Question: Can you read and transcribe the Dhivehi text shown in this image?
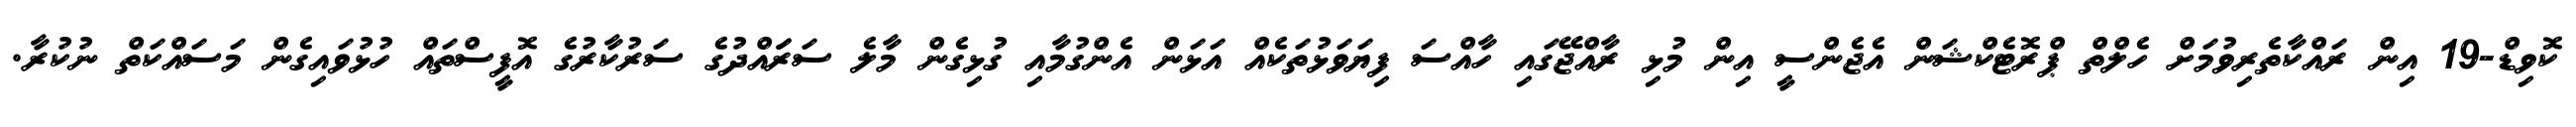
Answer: ކޮވިޑް-19 އިން ރައްކާތެރިވުމަށް ހެލްތް ޕްރޮޓެކްޝަން އެޖެންސީ އިން މުޅި ރާއްޖޭގައި ހާއްސަ ފިޔަވަޅުތަކެއް އަޅަން އެންގުމާއި ގުޅިގެން މާލެ ސަރަައްދުގެ ސަރުކާރުގެ އޮފީސްތައް ހުޅުވައިގެން މަސައްކަތް ނުކުރާ.